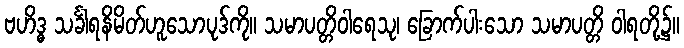
ဗဟိဒ္ဓ သင်္ခါရနိမိတ်ဟူသောပုဒ်ကို။ သမာပတ္တိဝါရေသု၊ ခြောက်ပါးသော သမာပတ္တိ ဝါရတို့၌။